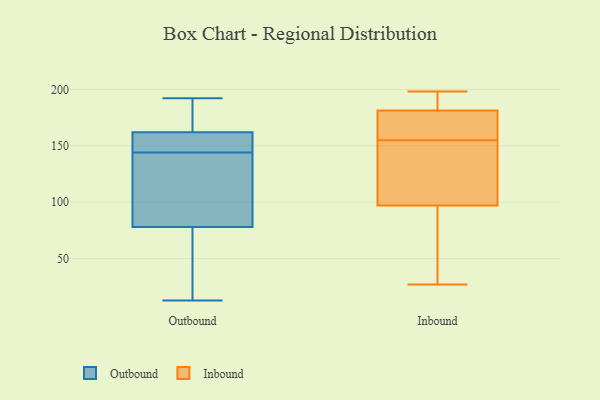
{"axis": {"x": "Demand Index", "y": "Value"}, "legend": ["Inbound", "Outbound"], "data": [{"x": "", "y": 116, "type": "Outbound"}, {"x": "", "y": 192, "type": "Outbound"}, {"x": "", "y": 145, "type": "Outbound"}, {"x": "", "y": 180, "type": "Outbound"}, {"x": "", "y": 36, "type": "Outbound"}, {"x": "", "y": 148, "type": "Outbound"}, {"x": "", "y": 143, "type": "Outbound"}, {"x": "", "y": 160, "type": "Outbound"}, {"x": "", "y": 13, "type": "Outbound"}, {"x": "", "y": 162, "type": "Outbound"}, {"x": "", "y": 29, "type": "Outbound"}, {"x": "", "y": 163, "type": "Outbound"}, {"x": "", "y": 133, "type": "Outbound"}, {"x": "", "y": 78, "type": "Outbound"}, {"x": "", "y": 160, "type": "Inbound"}, {"x": "", "y": 185, "type": "Inbound"}, {"x": "", "y": 111, "type": "Inbound"}, {"x": "", "y": 110, "type": "Inbound"}, {"x": "", "y": 180, "type": "Inbound"}, {"x": "", "y": 58, "type": "Inbound"}, {"x": "", "y": 192, "type": "Inbound"}, {"x": "", "y": 56, "type": "Inbound"}, {"x": "", "y": 27, "type": "Inbound"}, {"x": "", "y": 155, "type": "Inbound"}, {"x": "", "y": 198, "type": "Inbound"}, {"x": "", "y": 156, "type": "Inbound"}, {"x": "", "y": 122, "type": "Inbound"}]}